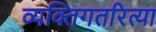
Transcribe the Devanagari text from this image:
व्यक्तिगतरित्या